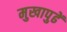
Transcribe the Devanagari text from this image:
मुखापुढें